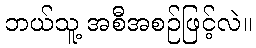
ဘယ်သူ့ အစီအစဉ်ဖြင့်လဲ။